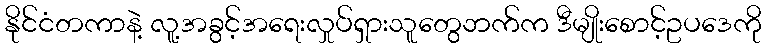
နိုင်ငံတကာနဲ့ လူ့အခွင့်အရေးလှုပ်ရှားသူတွေဘက်က ဒီမျိုးစောင့်ဥပဒေကို